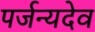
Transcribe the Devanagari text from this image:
पर्जन्यदेव